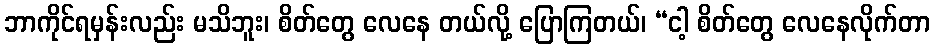
ဘာကိုင်ရမှန်းလည်း မသိဘူး၊ စိတ်တွေ လေနေ တယ်လို့ ပြောကြတယ်၊ “ငါ့ စိတ်တွေ လေနေလိုက်တာ